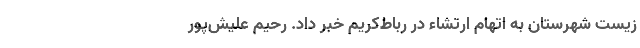
زیست شهرستان به اتهام ارتشاء در رباط‌کریم خبر داد. رحیم علیش‌پور